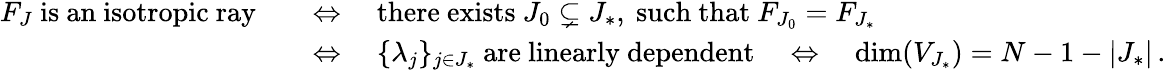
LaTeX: \begin{array}{rl}{F_{J}\mathrm{~is~an~isotropic~ray}\quad}&{\Leftrightarrow\quad\mathrm{there~exists}~J_{0}\subsetneq J_{*},~\mathrm{such~that}~F_{J_{0}}=F_{J_{*}}}\\ &{\Leftrightarrow\quad\{ \lambda_{j}\} _{j\in J_{*}}\mathrm{~are~linearly~dependent}\quad\Leftrightarrow\quad\dim(V_{J_{*}})=N-1-|J_{*}|\, .}\end{array}